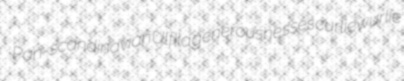
Pan-scandinavian Ulfila generousnesses curliewurlie